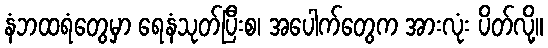
နံဘထရံတွေမှာ ရေနံသုတ်ပြီးစ၊ အပေါက်တွေက အားလုံး ပိတ်လို့။